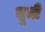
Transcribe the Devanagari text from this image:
बूमी